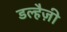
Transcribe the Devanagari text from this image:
डल्हैज़ी